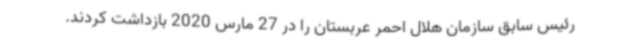
رئیس سابق سازمان هلال احمر عربستان را در 27 مارس 2020 بازداشت کردند.